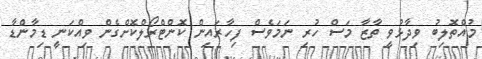
މުއްތޮލިބު ވިދާޅުވީ ތާޒާ މަސް ހުރި ނަމަވެސް ފިހާރައިން ކޮންޓްރޯލްކޮށްގެން ވިއްކަނީ ޑިމާންޑާ